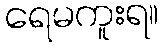
ရေမကူးရ။